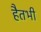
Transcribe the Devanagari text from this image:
हैतभी